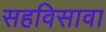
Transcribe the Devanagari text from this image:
सहविसावा